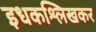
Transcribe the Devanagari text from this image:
इधकश्लिखकर